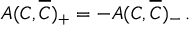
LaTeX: A ( C , \overline { { { C } } } ) _ { + } = - A ( C , \overline { { { C } } } ) _ { - } \, .